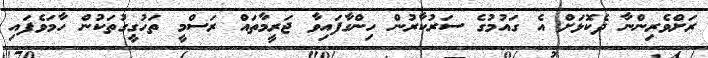
ރަށްވެރިންނާ ދެކޮޅަށް އެ ގައުމުގެ ސަރުކާރުން ހިންގާފައިވާ ޖަރީމާތައް ރަސްމީ ތަހުގީގުތަކުން ހާމަވެފައި